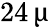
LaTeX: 24\, \upmu